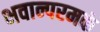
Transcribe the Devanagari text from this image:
भवान्परमकं